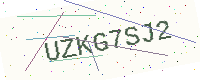
Text: UZKG7SJ2